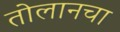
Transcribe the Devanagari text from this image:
तोलानचा